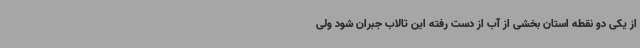
از یکی دو نقطه استان بخشی از آب از دست رفته این تالاب جبران شود ولی